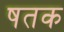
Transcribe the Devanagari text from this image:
षतक